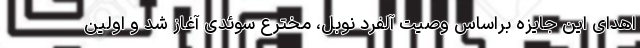
اهدای این جایزه براساس وصیت آلفرد نوبل، مخترع سوئدی آغاز شد و اولین